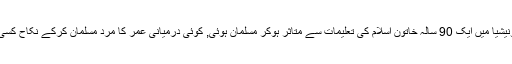
کوئی بوڑھی عورت کیوں نہیں جیسے انڈونیشیا میں ایک 90 سالہ خاتون اسلام کی تعلیمات سے متاثر ہوکر مسلمان ہوئی, کوئی درمیانی عمر کا مرد مسلمان کرکے نکاح کسی مسلمان لڑکی سے کیوں نہیں پڑھایا جاتا؟